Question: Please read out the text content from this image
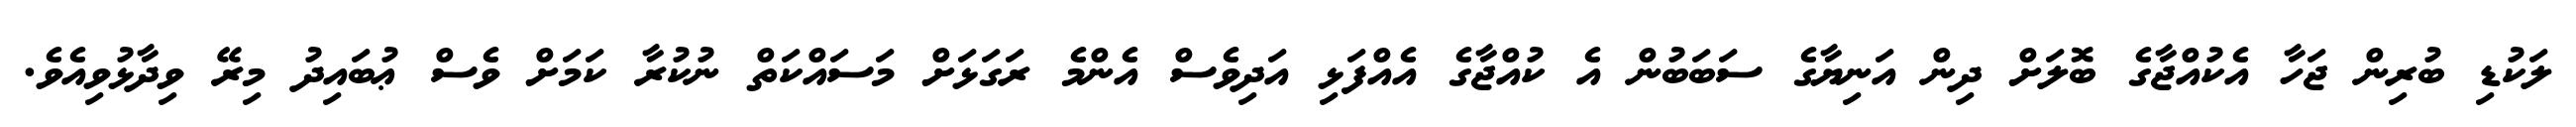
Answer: ލަކުޑި ބުރިން ޖަހާ އެކުއްޖާގެ ބޮލަށް ދިން އަނިޔާގެ ސަބަބުން އެ ކުއްޖާގެ އެއްފަޅި އަދިވެސް އެންމެ ރަގަޅަށް މަސައްކަތް ނުކުރާ ކަމަށް ވެސް ޢުބައިދު މިރޭ ވިދާޅުވިއެވެ.